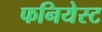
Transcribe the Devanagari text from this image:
फनियेस्ट